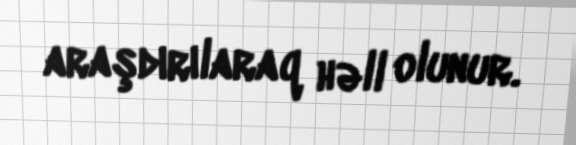
araşdırılaraq həll olunur.